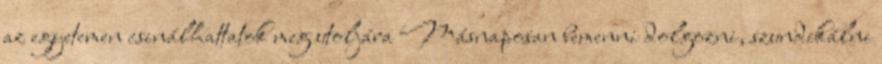
az egyetemen csinálhattatok meg utoljára Másnaposan bemenni dolgozni, szundikálni